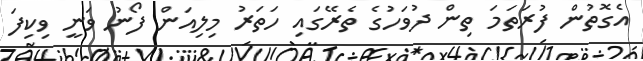
އެގޮތުން ފުރަތަމަ ތިން ދުވަހުގެ ތެރޭގައި ހަތަރު މިލިއަން ފޯނު ވަނީ ވިކިފަ